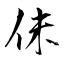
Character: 佅